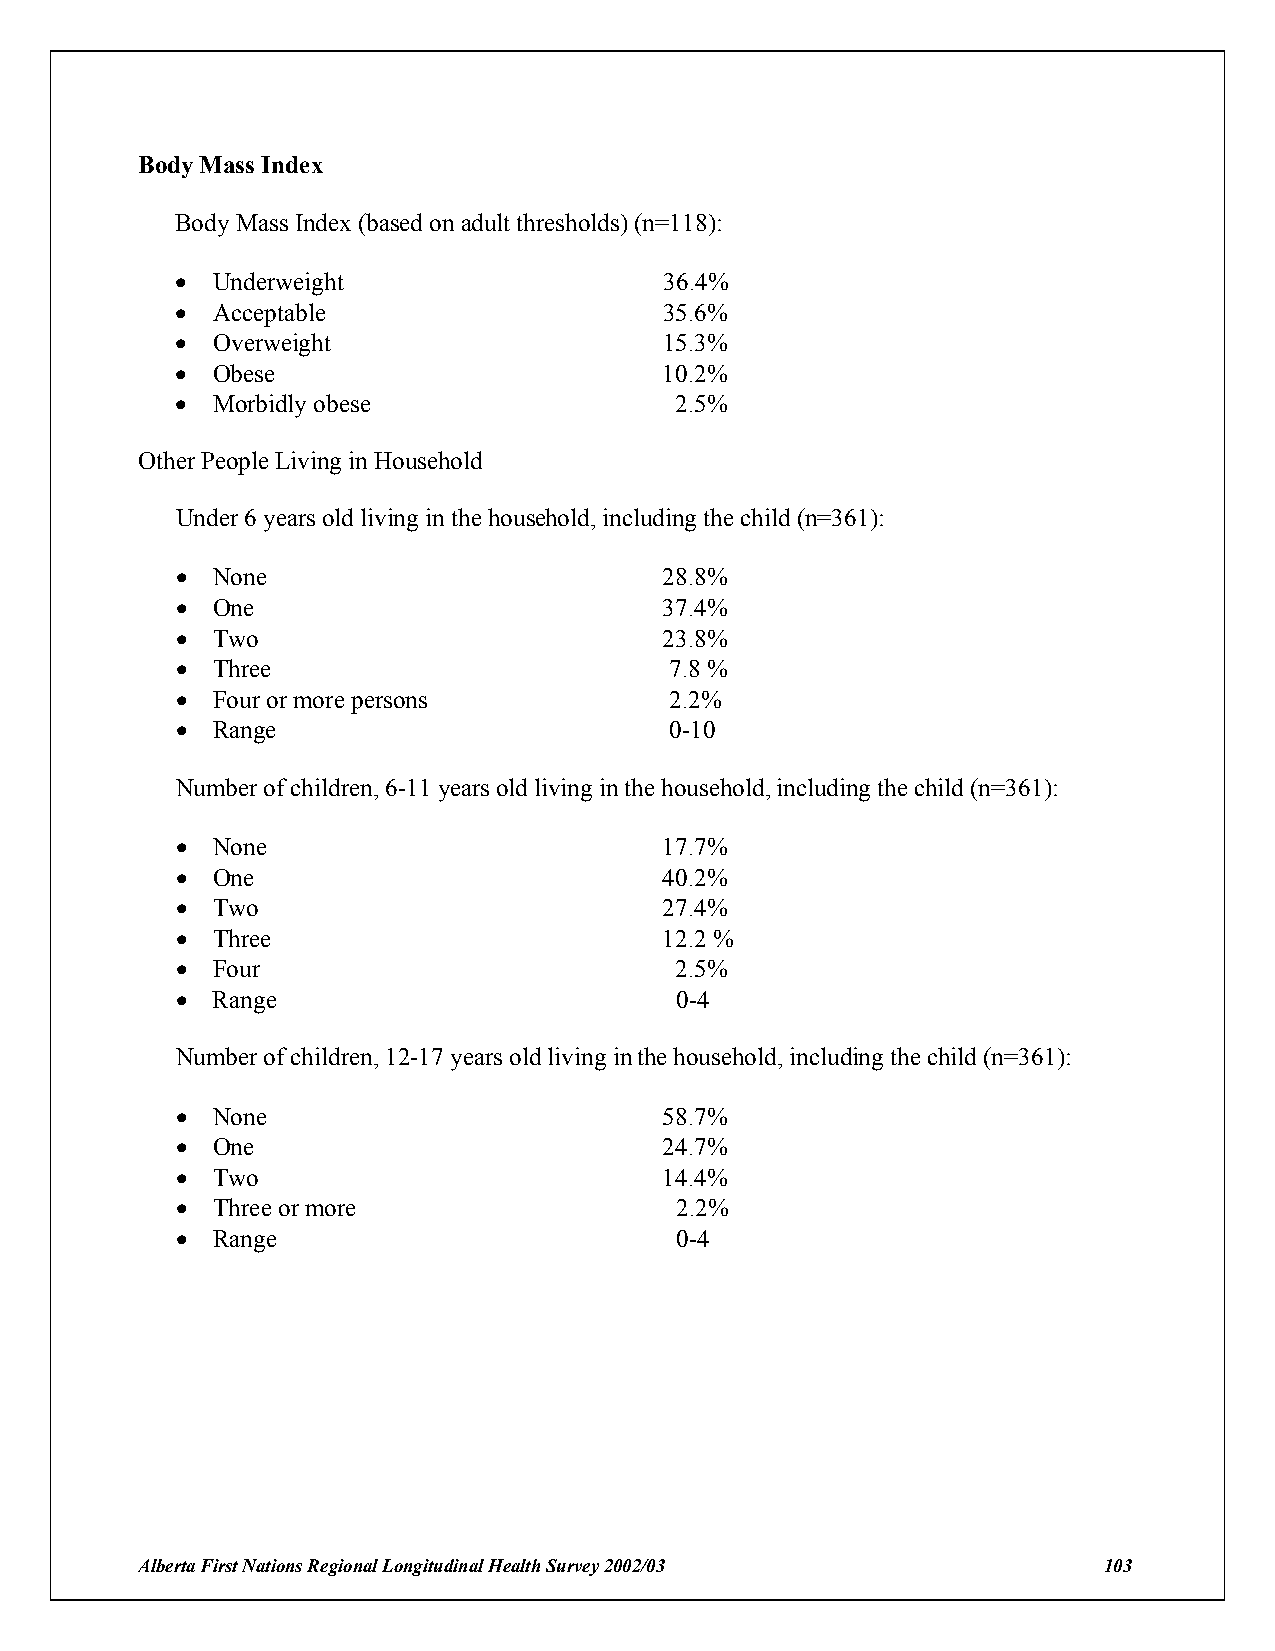
Body Mass Index
 Body Mass Index (based on adult thresholds) (n=118):
 ! Underweight                   36.4%
 ! Acceptable                    35.6%
 ! Overweight                    15.3%
 ! Obese                         10.2%
 ! Morbidly obese                 2.5%
 Other People Living in Household
 Under 6 years old living in the household, including the child (n=361):
 ! None                          28.8%
 ! One                           37.4%
 ! Two                           23.8%
 ! Three                         7.8 %
 ! Four or more persons          2.2%
 ! Range                         0-10
 Number of children, 6-11 years old living in the household, including the child (n=361):
 ! None                          17.7%
 ! One                           40.2%
 ! Two                           27.4%
 ! Three                         12.2 %
 ! Four                           2.5%
 ! Range                          0-4
 Number of children, 12-17 years old living in the household, including the child (n=361):
 ! None                          58.7%
 ! One                           24.7%
 ! Two                           14.4%
 ! Three or more                  2.2%
 ! Range                          0-4
 Alberta First Nations Regional Longitudinal Health Survey 2002/03 103